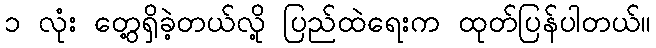
၁ လုံး တွေ့ရှိခဲ့တယ်လို့ ပြည်ထဲရေးက ထုတ်ပြန်ပါတယ်။